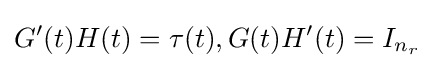
G'(t)H(t)=\tau (t),G(t)H'(t)=I_{n_{r}}